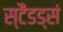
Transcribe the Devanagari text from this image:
स्टैंडड्सं